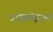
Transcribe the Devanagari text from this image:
डाईक्रोइज़म